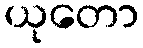
ယုတော